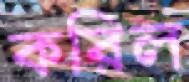
করিল